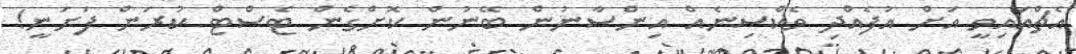
އެޗްއައިވީ އަށް އުފެއްދި ވެކްސިނެއް އިންސާނުން ބޭނުން ކޮށްގެން ޓެސްޓް ކުރަން ފަށަނީ!